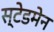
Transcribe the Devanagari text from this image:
स्टेडमेन